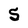
Character: 5